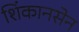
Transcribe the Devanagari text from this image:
शिंकानसेन